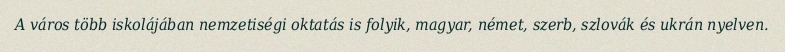
A város több iskolájában nemzetiségi oktatás is folyik, magyar, német, szerb, szlovák és ukrán nyelven.